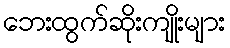
ဘေးထွက်ဆိုးကျိုးများ